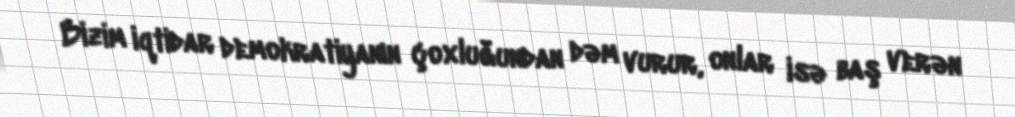
Bizim iqtidar demokratiyanın çoxluğundan dəm vurur, onlar isə baş verən